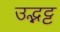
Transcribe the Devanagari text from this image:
उद्भट्ट